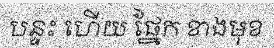
បន្ទះ ហើយ ផ្នែក ខាងមុខ